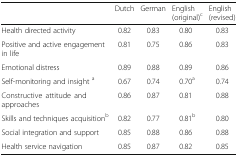
|  | Dutch | German | English (original)c | English (revised) |
 | --- | --- | --- | --- | --- |
 | Health directed activity | 0.82 | 0.83 | 0.80 | 0.83 |
 | Positive and active engagement in life | 0.81 | 0.75 | 0.86 | 0.83 |
 | Emotional distress | 0.89 | 0.88 | 0.89 | 0.86 |
 | Self-monitoring and insight a | 0.67 | 0.74 | 0.70a | 0.74 |
 | Constructive attitude and approaches | 0.86 | 0.87 | 0.81 | 0.88 |
 | Skills and techniques acquisitionb | 0.82 | 0.77 | 0.81b | 0.80 |
 | Social integration and support | 0.85 | 0.88 | 0.86 | 0.88 |
 | Health service navigation | 0.85 | 0.87 | 0.82 | 0.85 |